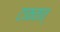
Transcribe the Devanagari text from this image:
टाकतात्